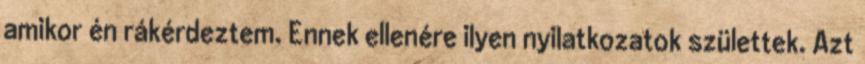
amikor én rákérdeztem. Ennek ellenére ilyen nyilatkozatok születtek. Azt